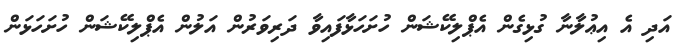
އަދި އެ އިޢުލާނާ ގުޅިގެން އެޕްލިކޭޝަން ހުށަހަޅާފައިވާ ދަރިވަރުން އަލުން އެޕްލިކޭޝަން ހުށަހަޅަން